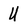
Character: U